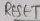
Text: RESET